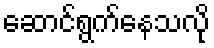
ဆောင်ရွက်နေသလို